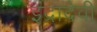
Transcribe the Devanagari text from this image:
इंद्रादेवी